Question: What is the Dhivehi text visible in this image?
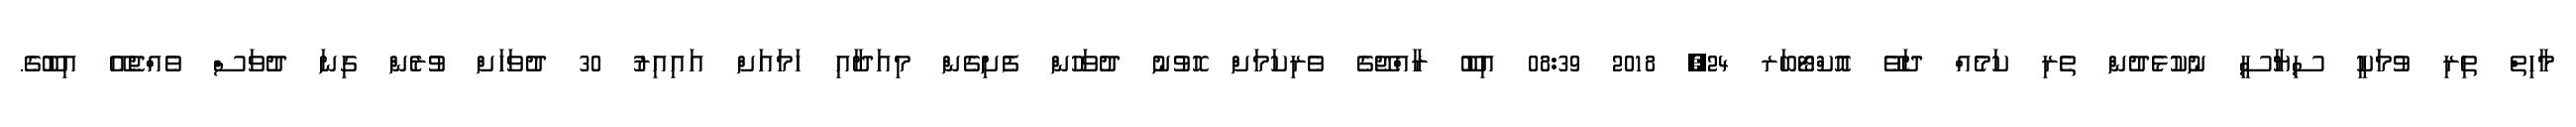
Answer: މާހިތް ތިރި ވުމަކީ ސިޔާސީ ނުކުޅެދުން ތެރި ކަމެއް ދަވޭ އޮކްޓޯބަރ 24, 2018 08:39 އިބޫ ރާއްޖޭގެ ވެރިކަމަށް ހޮވުނު ދުވަހުން ފެށިގެން މިއަދާއި ހަމައަށް އައިއިރު 30 ދުވަހަށް ވުރެން ގިނަ ދުވަސް ވެއްޖެއޭ އިބޫގެ.